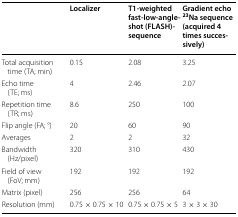
|  | Localizer | T1-weighted fast-low-angle-shot (FLASH)-sequence | Gradient echo 23Na sequence (acquired 4 times successively) |
 | --- | --- | --- | --- |
 | Total acquisition time (TA; min) | 0.15 | 2.08 | 3.25 |
 | Echo time (TE; ms) | 4 | 2.46 | 2.07 |
 | Repetition time (TR; ms) | 8.6 | 250 | 100 |
 | Flip angle (FA; °) | 20 | 60 | 90 |
 | Averages | 2 | 2 | 32 |
 | Bandwidth (Hz/pixel) | 320 | 310 | 430 |
 | Field of view (FoV; mm) | 192 | 192 | 192 |
 | Matrix (pixel) | 256 | 256 | 64 |
 | Resolution (mm) | 0.75 × 0.75 × 10 | 0.75 × 0.75 × 5 | 3 × 3 × 30 |